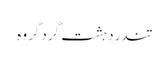
تندر دہشت گرد گروہ